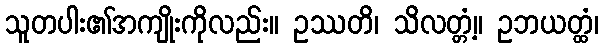
သူတပါး၏အကျိုးကိုလည်း။ ဥဿတိ၊ သိလတ္တံ့။ ဥဘယတ္ထံ၊